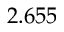
2 . 6 5 5